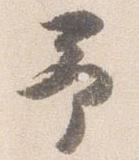
予